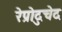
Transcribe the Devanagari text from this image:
रेप्रोदुचेद